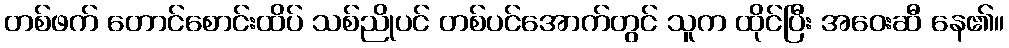
တစ်ဖက် တောင်စောင်းထိပ် သစ်ညိုပင် တစ်ပင်အောက်တွင် သူက ထိုင်ပြီး အဝေးဆီ နေ၏။